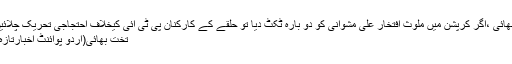
تخت بھائی ،اگر کرپشن میں ملوث افتخار علی مشوانی کو دو بارہ ٹکٹ دیا تو حلقے کے کارکنان پی ٹی آئی کیخلاف احتجاجی تحریک چلائیں گے
تخت بھائی(اُردو پوائنٹ اخبارتازہ ترین۔